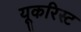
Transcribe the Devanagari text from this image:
यूकरिस्ट